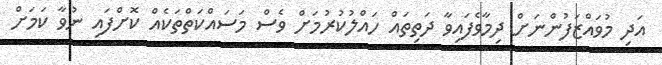
އަދި މުވައްޒަފުންނަށް ދިމާވެފައިވާ ދަތިތައް ހައްލުކުރުމަށް ވެސް މަސައްކަތްތަކެއް ކޮށްފައި ނުވާ ކަމަށް